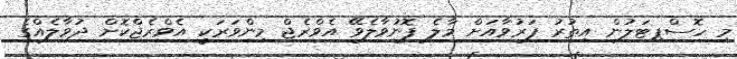
މި ހޮސްޕިޓަލުން އިތުރު ފަރުވާއަށް މާލެ ފޮނުވާލެވޭ އެވްރެޖް މިންވަރަކީ އެވްރެޖްކޮށް ދުވާލެއްގެ